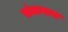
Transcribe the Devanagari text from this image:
संतानास